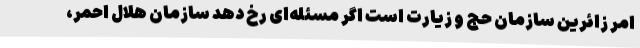
امر زائرین سازمان حج و زیارت است اگر مسئله‌ای رخ دهد سازمان هلال احمر،